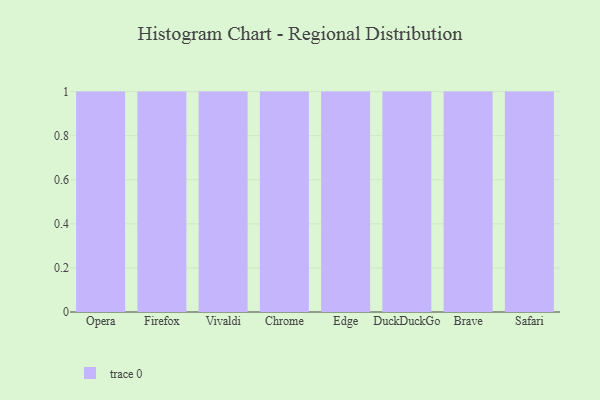
{"axis": {"x": "Browser", "y": "Page Views"}, "legend": [""], "data": [{"x": "Opera", "y": 52, "type": ""}, {"x": "Firefox", "y": 86, "type": ""}, {"x": "Vivaldi", "y": 86, "type": ""}, {"x": "Chrome", "y": 21, "type": ""}, {"x": "Edge", "y": 59, "type": ""}, {"x": "DuckDuckGo", "y": 20, "type": ""}, {"x": "Brave", "y": 18, "type": ""}, {"x": "Safari", "y": 79, "type": ""}]}